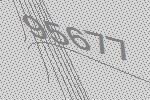
95677